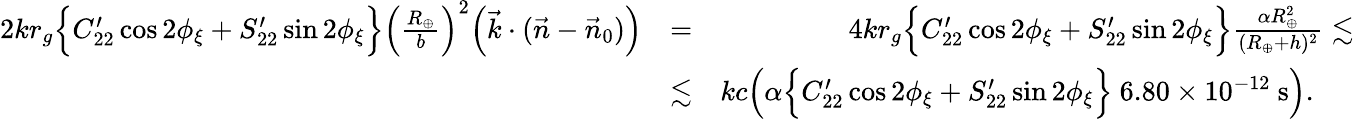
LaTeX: \begin{array}{rlr}{2kr_{g}\Big\{ C_{22}^{\prime}\cos 2\phi_{\xi}+S_{22}^{\prime}\sin 2\phi_{\xi}\Big\} \Big(\frac{R_{\oplus}}{b}\Big)^{2}\Big({\vec{k}}\cdot({\vec{n}}-{\vec{n}}_{0})\Big)}&{=}&{4kr_{g}\Big\{ C_{22}^{\prime}\cos 2\phi_{\xi}+S_{22}^{\prime}\sin 2\phi_{\xi}\Big\} \frac{\alpha R_{\oplus}^{2}}{(R_{\oplus}+h)^{2}}\lesssim}\\ &{\lesssim}&{kc\Big(\alpha\Big\{ C_{22}^{\prime}\cos 2\phi_{\xi}+S_{22}^{\prime}\sin 2\phi_{\xi}\Big\} ~6.80\times 10^{-12}~\mathrm{s}\Big).~~~~~}\end{array}